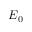
E _ { 0 }